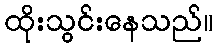
ထိုးသွင်းနေသည်။